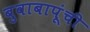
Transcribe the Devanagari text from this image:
बुवाबापूंची